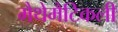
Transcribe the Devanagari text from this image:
मैथेमैटिकली